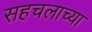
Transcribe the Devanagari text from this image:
सहचलाच्या